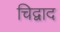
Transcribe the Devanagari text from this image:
चिद्वाद